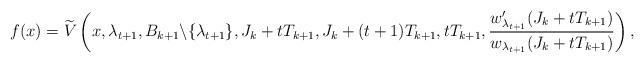
LaTeX: \begin{align*} f(x)= \widetilde V\left(x,\lambda_{t+1}, B_{k+1}\backslash \{\lambda_{t+1}\},J_k+tT_{k+1},J_k+(t+1)T_{k+1}, tT_{k+1},\frac{w_{\lambda_{t+1}}^\prime(J_k+tT_{k+1})}{w_{\lambda_{t+1}}(J_k+tT_{k+1})}\right), \end{align*}